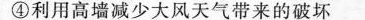
④利用高墙减少大风天气带来的破坏